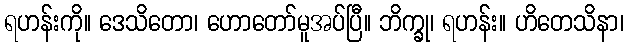
ရဟန်းကို။ ဒေသိတော၊ ဟောတော်မူအပ်ပြီ။ ဘိက္ခု၊ ရဟန်း။ ဟိတေသိနာ၊